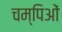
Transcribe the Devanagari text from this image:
चम्पिओं